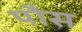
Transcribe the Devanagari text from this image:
पौस